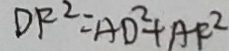
D F ^ { 2 } = A D ^ { 2 } + A F ^ { 2 }